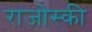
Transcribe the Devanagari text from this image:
राजोस्की